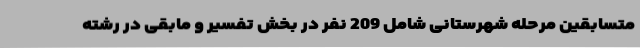
متسابقین مرحله شهرستانی شامل 209 نفر در بخش تفسیر و مابقی در رشته